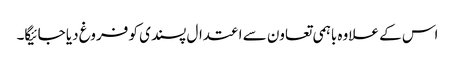
اس کے علاوہ باہمی تعاون سے اعتدال پسندی کو فروغ دیا جائیگا۔